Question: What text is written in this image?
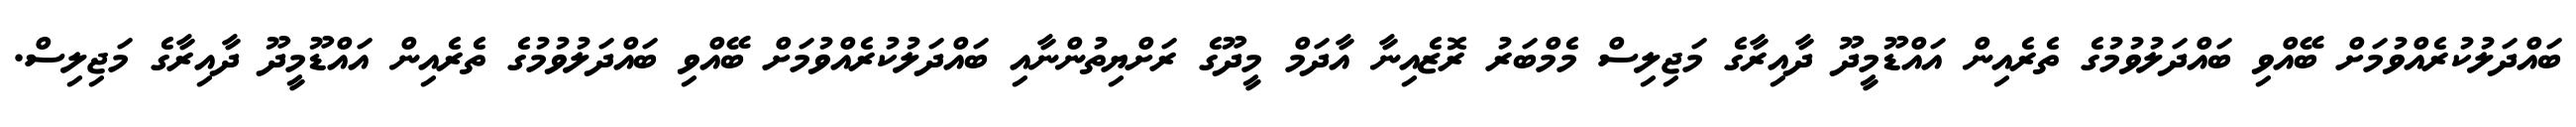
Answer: ބައްދަލުކުރެއްވުމަށް ބޭއްވި ބައްދަލުވުމުގެ ތެރެއިން އައްޑޫމީދޫ ދާއިރާގެ މަޖިލިސް މެމްބަރު ރޮޒެއިނާ އާދަމް މީދޫގެ ރަށްޔިތުންނާއި ބައްދަލުކުރެއްވުމަށް ބޭއްވި ބައްދަލުވުމުގެ ތެރެއިން އައްޑޫމީދޫ ދާއިރާގެ މަޖިލިސް.